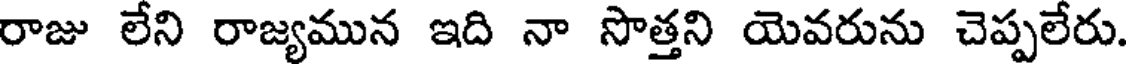
రాజు లేని రాజ్యమున ఇది నా సొత్తని యెవరును చెప్పలేరు.